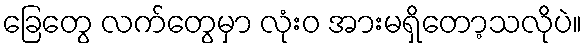
ခြေတွေ လက်တွေမှာ လုံးဝ အားမရှိတော့သလိုပဲ။